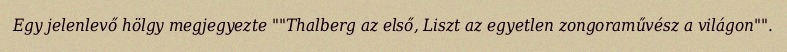
Egy jelenlevő hölgy megjegyezte ""Thalberg az első, Liszt az egyetlen zongoraművész a világon"".